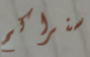
سنراكم